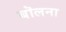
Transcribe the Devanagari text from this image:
बॊलना